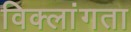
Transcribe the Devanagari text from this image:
विक्लांगता